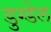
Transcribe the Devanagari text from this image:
डुग्डेल